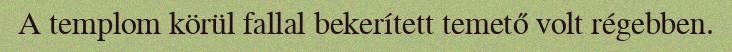
A templom körül fallal bekerített temető volt régebben.